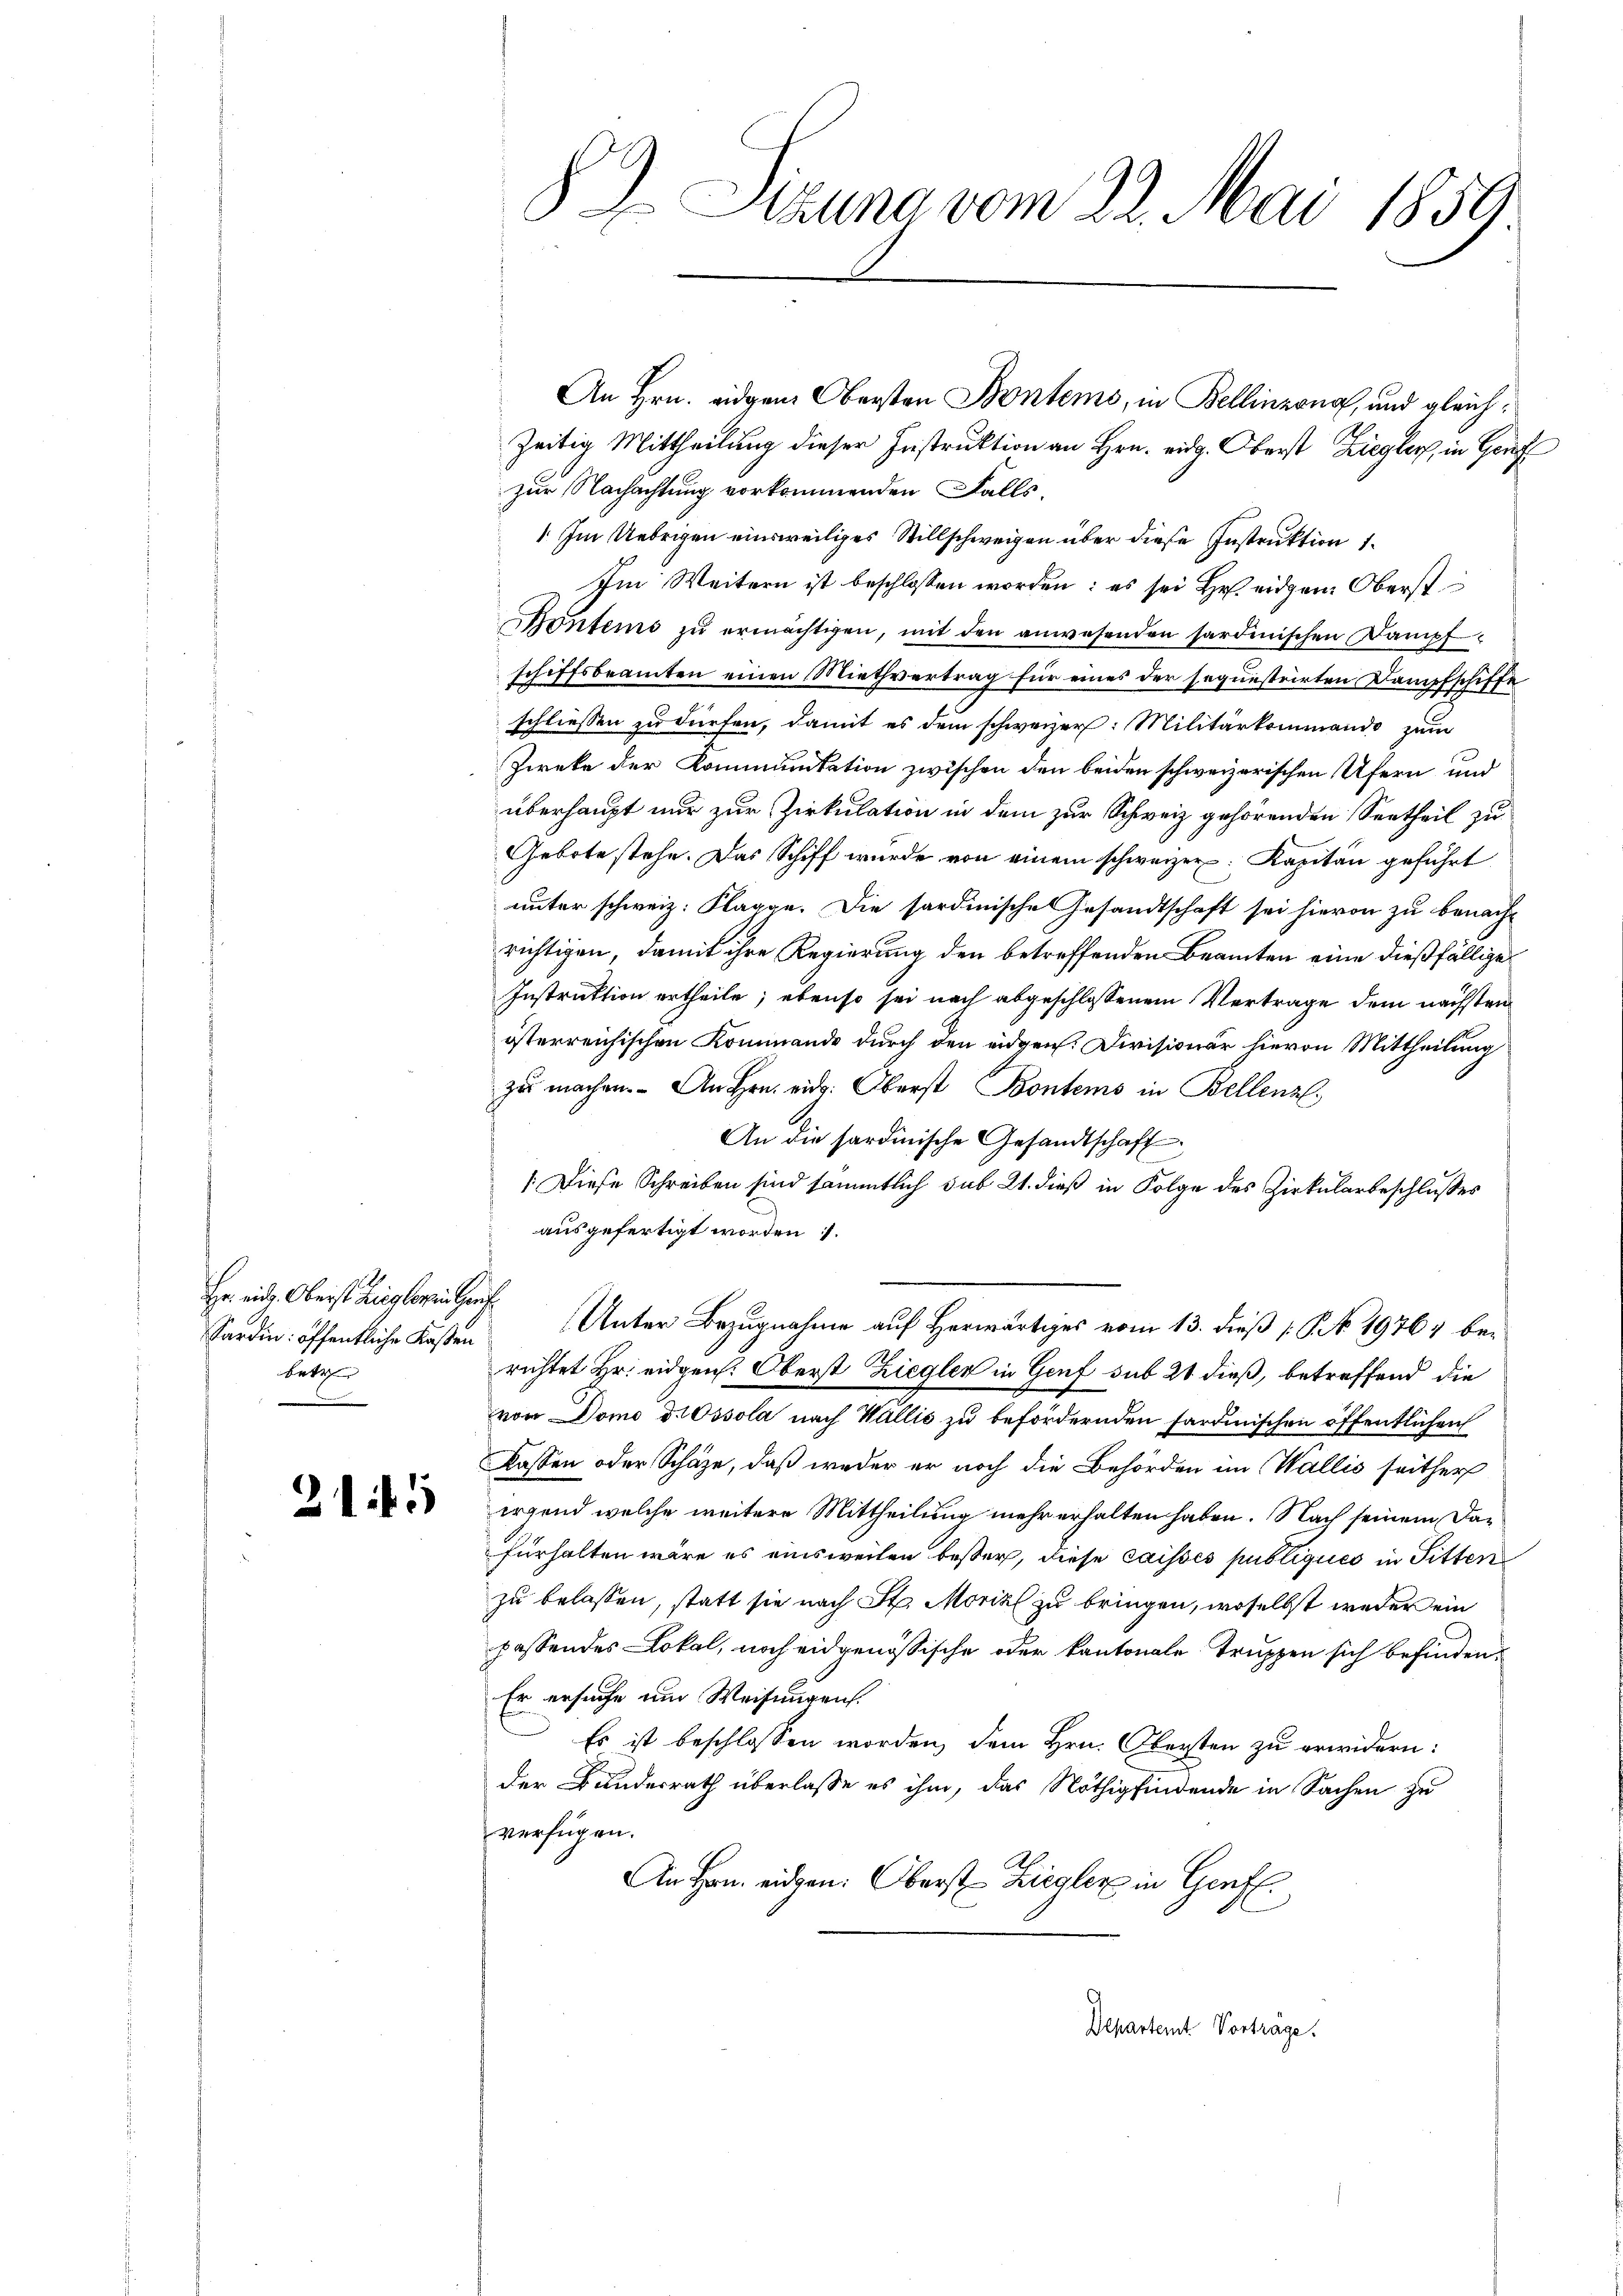
Hr. eid. Oberst Zieglerin Hauf
Sardin: öffentliche Kaßen
betr

215

89) Sizung vom 22. Mai 1859.

zeitig Mittheilung dieser Instruktion an Hrn. eidg. Oberst Ziegler, in Genf
zur Nachachtung vorkommenden Falls.
 Im Uebrigen einsweiliges Stillschweigen über diese Instruktion 1
Im Weitern ist beschlossen worden: es sei Hr. eidgen. Oberst
Bontems zu ermächtigen, mit den anwesenden sardinischen Dampfschiffsbeamten einen Miethvertrag für eines der sequestrirten Dampfschiffe
schliessen zu dürfen, damit es dem schweizer: Militärkommando zum
Zweke der Kommunikation zwischen den beiden schweizerischen Ufern und
überhaupt nur zur Zirkulation in dem zur Schweiz gehörenden Vertheil zu
Gebote stehe. Das Schiff wurde von einem schweizer. Kapitän geführt
unter schweiz. Klagge. Die sardinische Gesandtschaft sei hievon zu benach-
richtigen, damit ihre Regierung den betreffenden Beamten eine dießfällige
Instruktion ertheile; ebenso sei nach abgeschlossenem Vertrage dem nächsten
österreichischen Kommando durch den eidgen. Divisionär hievon Mittheilung
zu machen. An Hrn. eidg. Oberst Bontems in Bellenz,
An die sardinische Gesandtschaft
(Diese Schreiben sind sämmtlich sub 21. dieß in Folge des Zirkularbeschlusses
ausgefertigt worden.
Unter Bezugnahme auf Herwärtiges vom 13. dieβ (: No 19764 berichtet Hr. eidgen. Oberst Ziegler in Genf sub 21 dieß, betreffend die
von Domo d.Ossola nach Wallis zu befördernden sardinischen öffentlichen
Kassen oder Schäze, daß weder er noch die Behörden im Wallis seither
irgend welche weitere Mittheilung mehr erhalten haben. Nach seinem Darfürhalten wäre es einsweilen besser, diese caissés publiques in Sitten
zu belassen, statt sie nach St. Morial zu bringen, woselbst weder ein
passendes Lokal, noch eidgenössische oder kantonale Truppen sich befinden,
Er ersuche um Weisungen.
Es ist beschlossen worden, dem Hrn. Obersten zu erwidern:
der Bundesrath überlasse es ihm, das Nöthig findende in Sachen zu
verfügen.
An Hrn. eidgen. Oberst Ziegler in Genf.
Departemt Vortrage.

An Hrn. eidgen. Obersten Bontems, in Bellinzona, und gleich¬